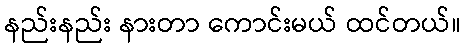
နည်းနည်း နားတာ ကောင်းမယ် ထင်တယ်။